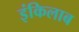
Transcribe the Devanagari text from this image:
इंकिलाब